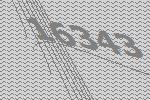
16343